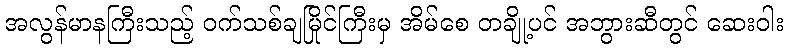
အလွန်မာနကြီးသည့် ဝက်သစ်ချမြိုင်ကြီးမှ အိမ်စေ တချို့ပင် အဘွားဆီတွင် ဆေးဝါး